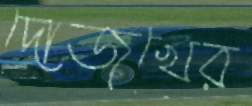
দোজখের